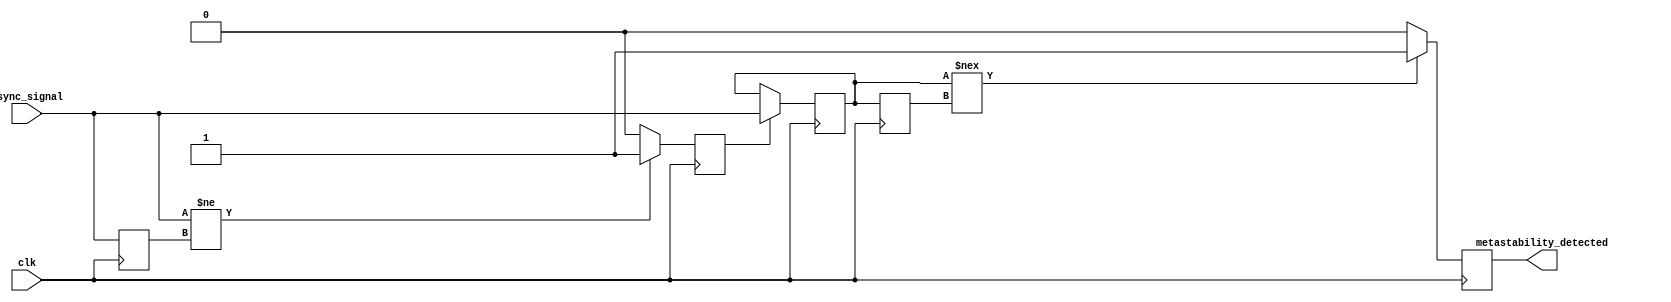
module metastability_detector (
    input wire clk,              // System clock
    input wire async_signal,     // Asynchronous input signal
    output reg metastability_detected // Output signal indicating metastability
);

    // Internal signals
    reg async_signal_d1;         // Delayed version of async_signal
    reg pulse;                   // Pulse signal
    reg dff1_out;               // Output of first D flip-flop
    reg dff2_out;               // Output of second D flip-flop

    // Generate a pulse on the transition of async_signal
    always @(posedge clk) begin
        // Detect rising edge of async_signal
        if (async_signal != async_signal_d1) begin
            pulse <= 1'b1; // Generate pulse
        end else begin
            pulse <= 1'b0; // Reset pulse
        end
        async_signal_d1 <= async_signal; // Update delayed signal
    end

    // First D flip-flop to sample async_signal
    always @(posedge clk) begin
        if (pulse) begin
            dff1_out <= async_signal; // Sample async_signal on pulse
        end
    end

    // Second D flip-flop to sample output of first flip-flop
    always @(posedge clk) begin
        dff2_out <= dff1_out; // Sample output of first DFF
    end

    // Metastability detection logic
    always @(posedge clk) begin
        // Check if the two DFFs are not stable
        if (dff1_out !== dff2_out) begin
            metastability_detected <= 1'b1; // Metastability detected
        end else begin
            metastability_detected <= 1'b0; // No metastability
        end
    end

endmodule